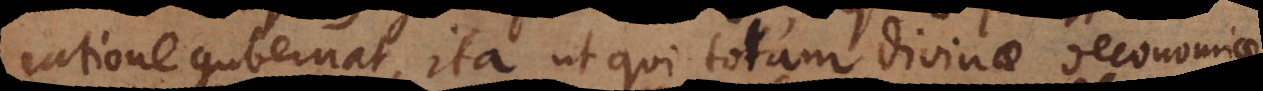
ratione gubernat, ita ut qui totam divinae oeconomiae